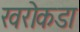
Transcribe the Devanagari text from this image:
खरोकडा